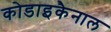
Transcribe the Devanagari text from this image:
कोडाइकैनाल